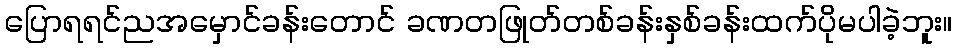
ပြောရရင်ညအမှောင်ခန်းတောင် ခဏတဖြုတ်တစ်ခန်းနှစ်ခန်းထက်ပိုမပါခဲ့ဘူး။